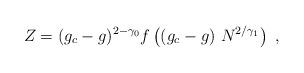
LaTeX: \begin{align*}Z = (g_c-g)^{ 2-\gamma_ 0}f \left((g_c-g) \ N^{2/\gamma_ 1}\right) \ ,\end{align*}